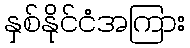
နှစ်နိုင်ငံအကြား